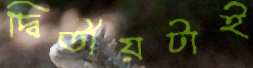
দ্বিতীয়টাই